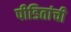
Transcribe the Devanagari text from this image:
पीडितांची